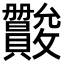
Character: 𫿪